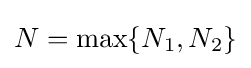
N=\max\{N_{1},N_{2}\}